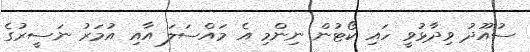
ސުއޫދު ވިދާޅުވީ ހައި ކޯޓުން ނިންމި އެ މައްސަލަ އާއި އުމަރު ނަސީރުގެ